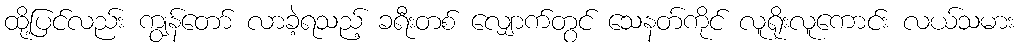
ထို့ပြင်လည်း ကျွန်တော် လာခဲ့ရသည့် ခရီးတစ် လျှောက်တွင် သေနတ်ကိုင် လူရိုးလူကောင်း လယ်သမား